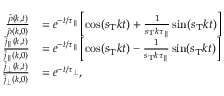
\begin{array} { r l } { \frac { \tilde { \rho } ( k , t ) } { \tilde { \rho } ( k , 0 ) } } & { = e ^ { - t / \tau _ { \parallel } } \left[ \cos ( s _ { \mathrm { T } } k t ) + \frac { 1 } { s _ { \mathrm { T } } k \tau _ { \parallel } } \sin ( s _ { \mathrm { T } } k t ) \right] } \\ { \frac { \tilde { j } _ { \parallel } ( k , t ) } { \tilde { j } _ { \parallel } ( k , 0 ) } } & { = e ^ { - t / \tau _ { \parallel } } \left[ \cos ( s _ { \mathrm { T } } k t ) - \frac { 1 } { s _ { \mathrm { T } } k \tau _ { \parallel } } \sin ( s _ { \mathrm { T } } k t ) \right] } \\ { \frac { \tilde { j } _ { \perp } ( k , t ) } { \tilde { j } _ { \perp } ( k , 0 ) } } & { = e ^ { - t / \tau _ { \perp } } , } \end{array}